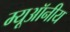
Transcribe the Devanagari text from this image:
म्यूऑनीय